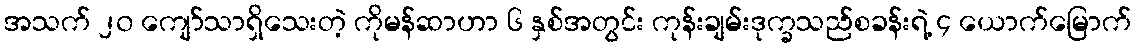
အသက် ၂၀ ကျော်သာရှိသေးတဲ့ ကိုမန်ဆာဟာ ၆ နှစ်အတွင်း ကုန်းချမ်းဒုက္ခသည်စခန်းရဲ့ ၄ ယောက်မြောက်